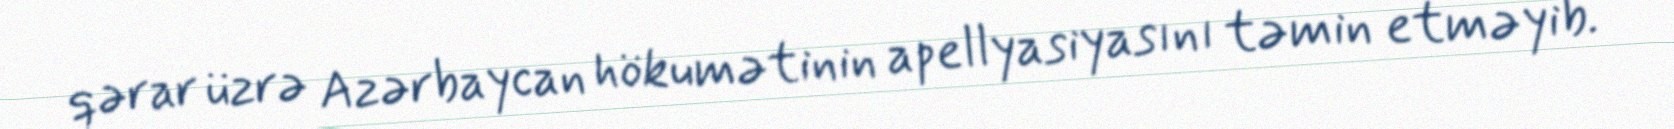
qərar üzrə Azərbaycan hökumətinin apellyasiyasını təmin etməyib.